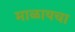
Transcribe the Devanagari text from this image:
माळायचा